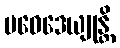
ပဝေဒေယျုန္တိ